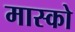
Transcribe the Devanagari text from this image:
मास्‍को